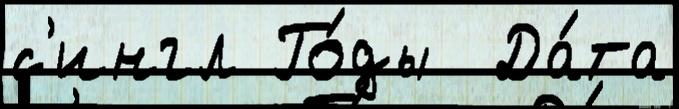
с'ингл Го́ды  Да́та